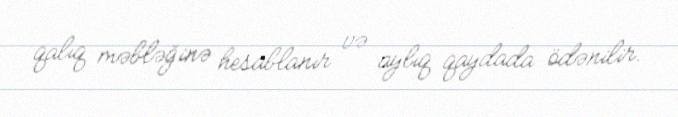
qalıq məbləğinə hesablanır və aylıq qaydada ödənilir.